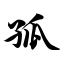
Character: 孤